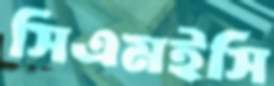
সিএমইসি